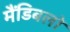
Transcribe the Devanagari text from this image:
मैंडिबलों